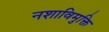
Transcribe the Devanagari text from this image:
नशाविमुक्ति